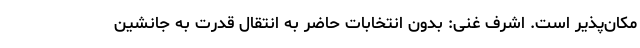
مکان‌پذیر است. اشرف غنی: بدون انتخابات حاضر به انتقال قدرت به جانشین